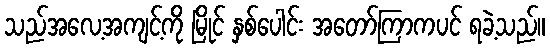
သည်အလေ့အကျင့်ကို မြိုင် နှစ်ပေါင်း အတော်ကြာကပင် ရခဲ့သည်။